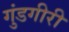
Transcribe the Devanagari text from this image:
गुंडगीरी